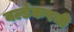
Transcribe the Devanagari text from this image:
वर्ल्डकपची